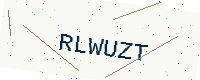
Text: RLWUZT